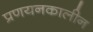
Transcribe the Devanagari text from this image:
प्रणयनकालीन